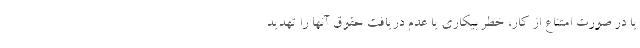
یا در صورت امتناع از کار، خطر بیکاری یا عدم دریافت حقوق آنها را تهدید